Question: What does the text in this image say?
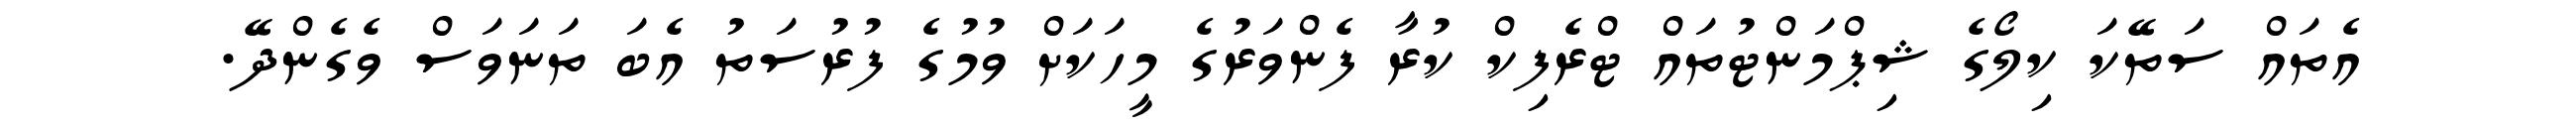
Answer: އެތައް ސަތޭކަ ކިލޯގެ ޝިޕްމަންޓުތައް ޓްރެފިކް ކުރާ ފެންވަރުގެ މީހަކަށް ވުމުގެ ފުރުސަތު އެބަ ތަނަވަސް ވެގެންދޭ.